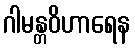
ဂါမန္တဝိဟာရေန